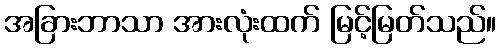
အခြားဘာသာ အားလုံးထက် မြင့်မြတ်သည်။